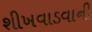
શીખવાડવાની